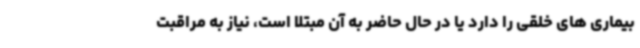
بیماری های خلقی را دارد یا در حال حاضر به آن مبتلا است، نیاز به مراقبت